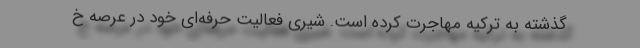
گذشته به ترکیه مهاجرت کرده است. شیری فعالیت حرفه‌ای خود در عرصه خ